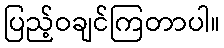
ပြည့်ဝချင်ကြတာပါ။